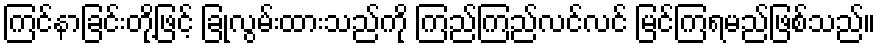
ကြင်နာခြင်းတို့ဖြင့် ခြုံလွမ်းထားသည်ကို ကြည်ကြည်လင်လင် မြင်ကြရမည်ဖြစ်သည်။